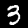
Digit: 3